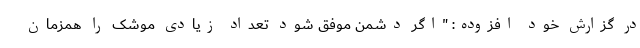
در گزارش خود افزوده: "اگر دشمن موفق شود تعداد زیادی موشک را همزمان